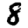
Digit: 8